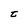
Character: t